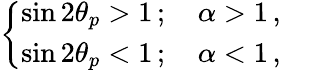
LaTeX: \begin{array}{r}{\left\{ \begin{array}{ll}{\sin 2\theta_{p}>1\, ;\quad\alpha>1\, ,}&{}\\ {\sin 2\theta_{p}<1\, ;\quad\alpha<1\, ,}\end{array}\right.}\end{array}